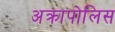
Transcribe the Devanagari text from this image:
अक्रापोलिस